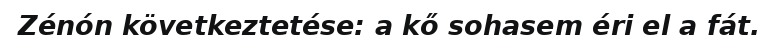
Zénón következtetése: a kő sohasem éri el a fát.